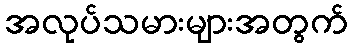
အလုပ်သမားများအတွက်